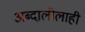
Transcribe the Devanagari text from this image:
अब्दालीलाही